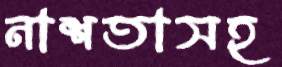
নাশতাসহ